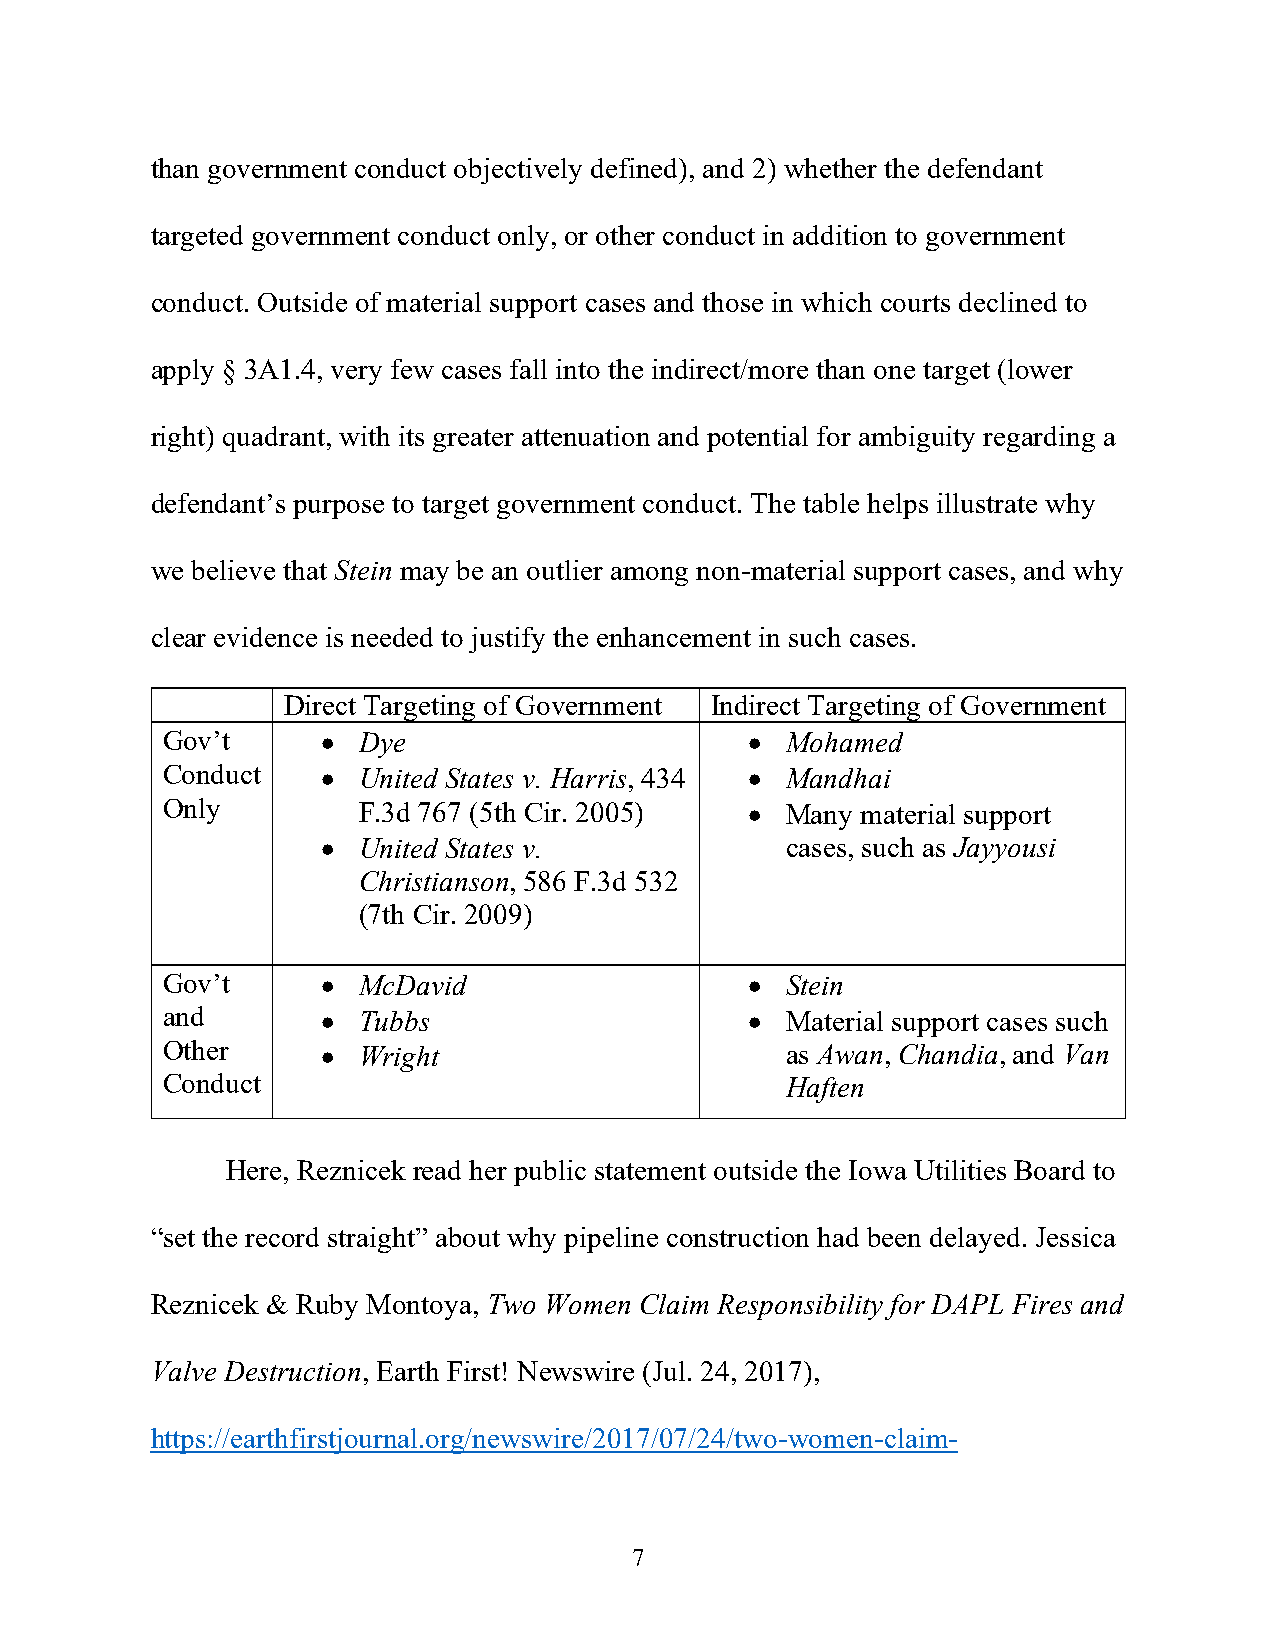
than government conduct objectively defined), and 2) whether the defendant
 targeted government conduct only, or other conduct in addition to government
 conduct. Outside of material support cases and those in which courts declined to
 apply § 3A1.4, very few cases fall into the indirect/more than one target (lower
 right) quadrant, with its greater attenuation and potential for ambiguity regarding a
 defendant’s purpose to target government conduct. The table helps illustrate why
 we believe that Stein may be an outlier among non-material support cases, and why
 clear evidence is needed to justify the enhancement in such cases.
 Direct Targeting of Government Indirect Targeting of Government
 Gov’t     •  Dye                       • Mohamed
 Conduct   •  United States v. Harris, 434 • Mandhai
 Only         F.3d 767 (5th Cir. 2005)  • Many material support
 •  United States v.            cases, such as Jayyousi
 Christianson, 586 F.3d 532
 (7th Cir. 2009)
 Gov’t     •  McDavid                   • Stein
 and       •  Tubbs                     • Material support cases such
 Other     •  Wright                      as Awan, Chandia, and Van
 Conduct                                  Haften
 Here, Reznicek read her public statement outside the Iowa Utilities Board to
 “set the record straight” about why pipeline construction had been delayed. Jessica
 Reznicek & Ruby Montoya, Two Women Claim Responsibility for DAPL Fires and
 Valve Destruction, Earth First! Newswire (Jul. 24, 2017),
 https://earthfirstjournal.org/newswire/2017/07/24/two-women-claim-
 7